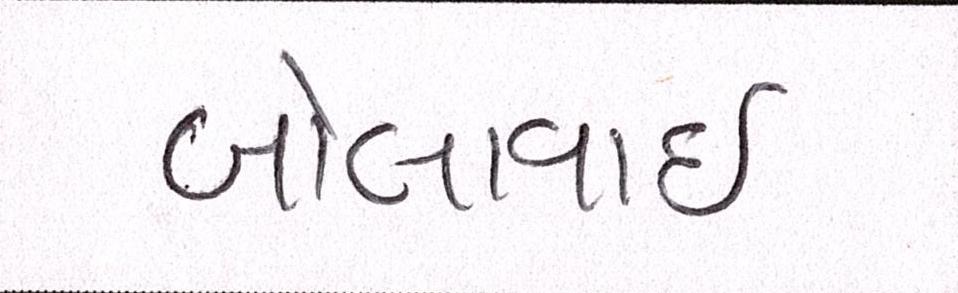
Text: બોલાવાઇ